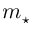
m _ { \star }